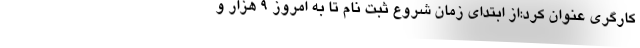
کارگری عنوان کرد:از ابتدای زمان شروع ثبت نام تا به امروز 9 هزار و